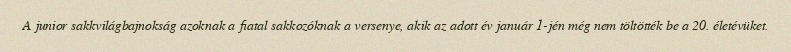
A junior sakkvilágbajnokság azoknak a fiatal sakkozóknak a versenye, akik az adott év január 1-jén még nem töltötték be a 20. életévüket.